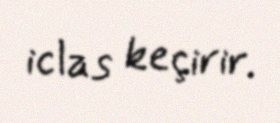
iclas keçirir.